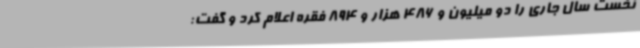
نخست سال جاری را دو میلیون و 486 هزار و 894 فقره اعلام کرد و گفت: